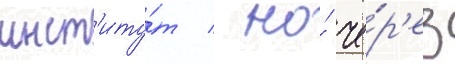
инст'иту́т / но́ че́р'ез